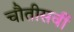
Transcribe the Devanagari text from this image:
चौतीसवीं